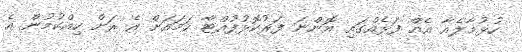
ހުޅުމާލެއާ އެއް ފަޅެއްގައި އޮންނަ ފަރުކޮޅުފުއްޓާ ހަމައަށް އެ ރަށް ހިއްކުމުން އެ